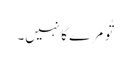
تُو مَرے گا نہیں۔